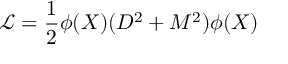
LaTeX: \mathcal { L } = \frac { 1 } { 2 } \phi ( X ) ( D ^ { 2 } + M ^ { 2 } ) \phi ( X )